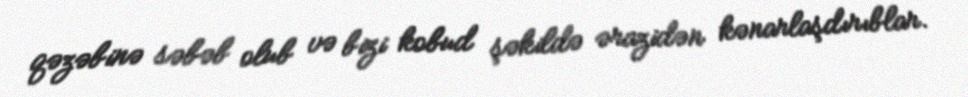
qəzəbinə səbəb olub və bizi kobud şəkildə ərazidən kənarlaşdırıblar.